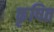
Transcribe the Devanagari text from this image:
कृषित